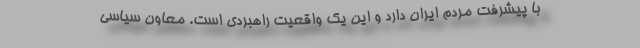
با پیشرفت مردم ایران دارد و این یک واقعیت راهبردی است. معاون سیاسی